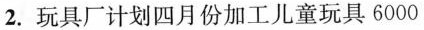
2. 玩具厂计划四月份加工儿童玩具6000